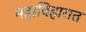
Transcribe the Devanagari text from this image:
महाविहारात